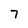
Character: 7